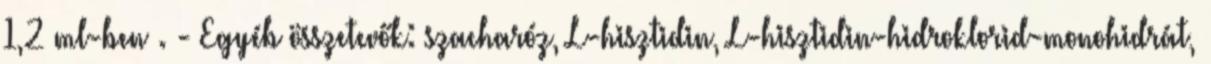
1,2 ml-ben . - Egyéb összetevők: szacharóz, L-hisztidin, L-hisztidin-hidroklorid-monohidrát,